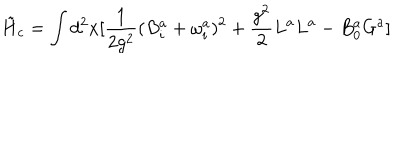
LaTeX: \tilde { H } _ { c } = \int d ^ { 2 } x [ \frac { 1 } { 2 g ^ { 2 } } ( B _ { i } ^ { a } + \omega _ { i } ^ { a } ) ^ { 2 } + \frac { g ^ { 2 } } { 2 } L ^ { a } L ^ { a } - B _ { 0 } ^ { a } G ^ { a } ]